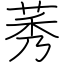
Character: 莠